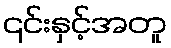
၎င်းနှင့်အတူ